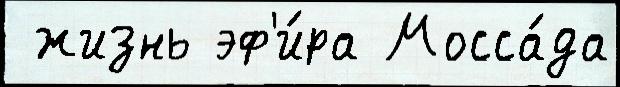
 жизнь эф'и́ра Мосса́да